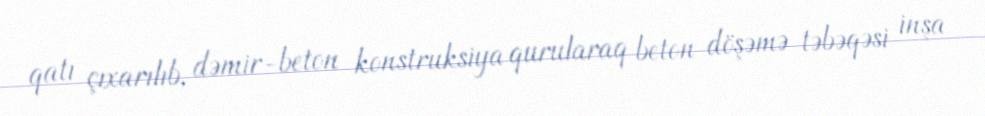
qatı çıxarılıb, dəmir-beton konstruksiya qurularaq beton döşəmə təbəqəsi inşa